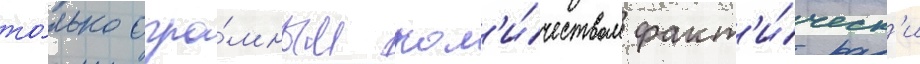
то́лько огро́мным кол'и́чеством факт'и́ческ'и